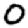
Digit: 0